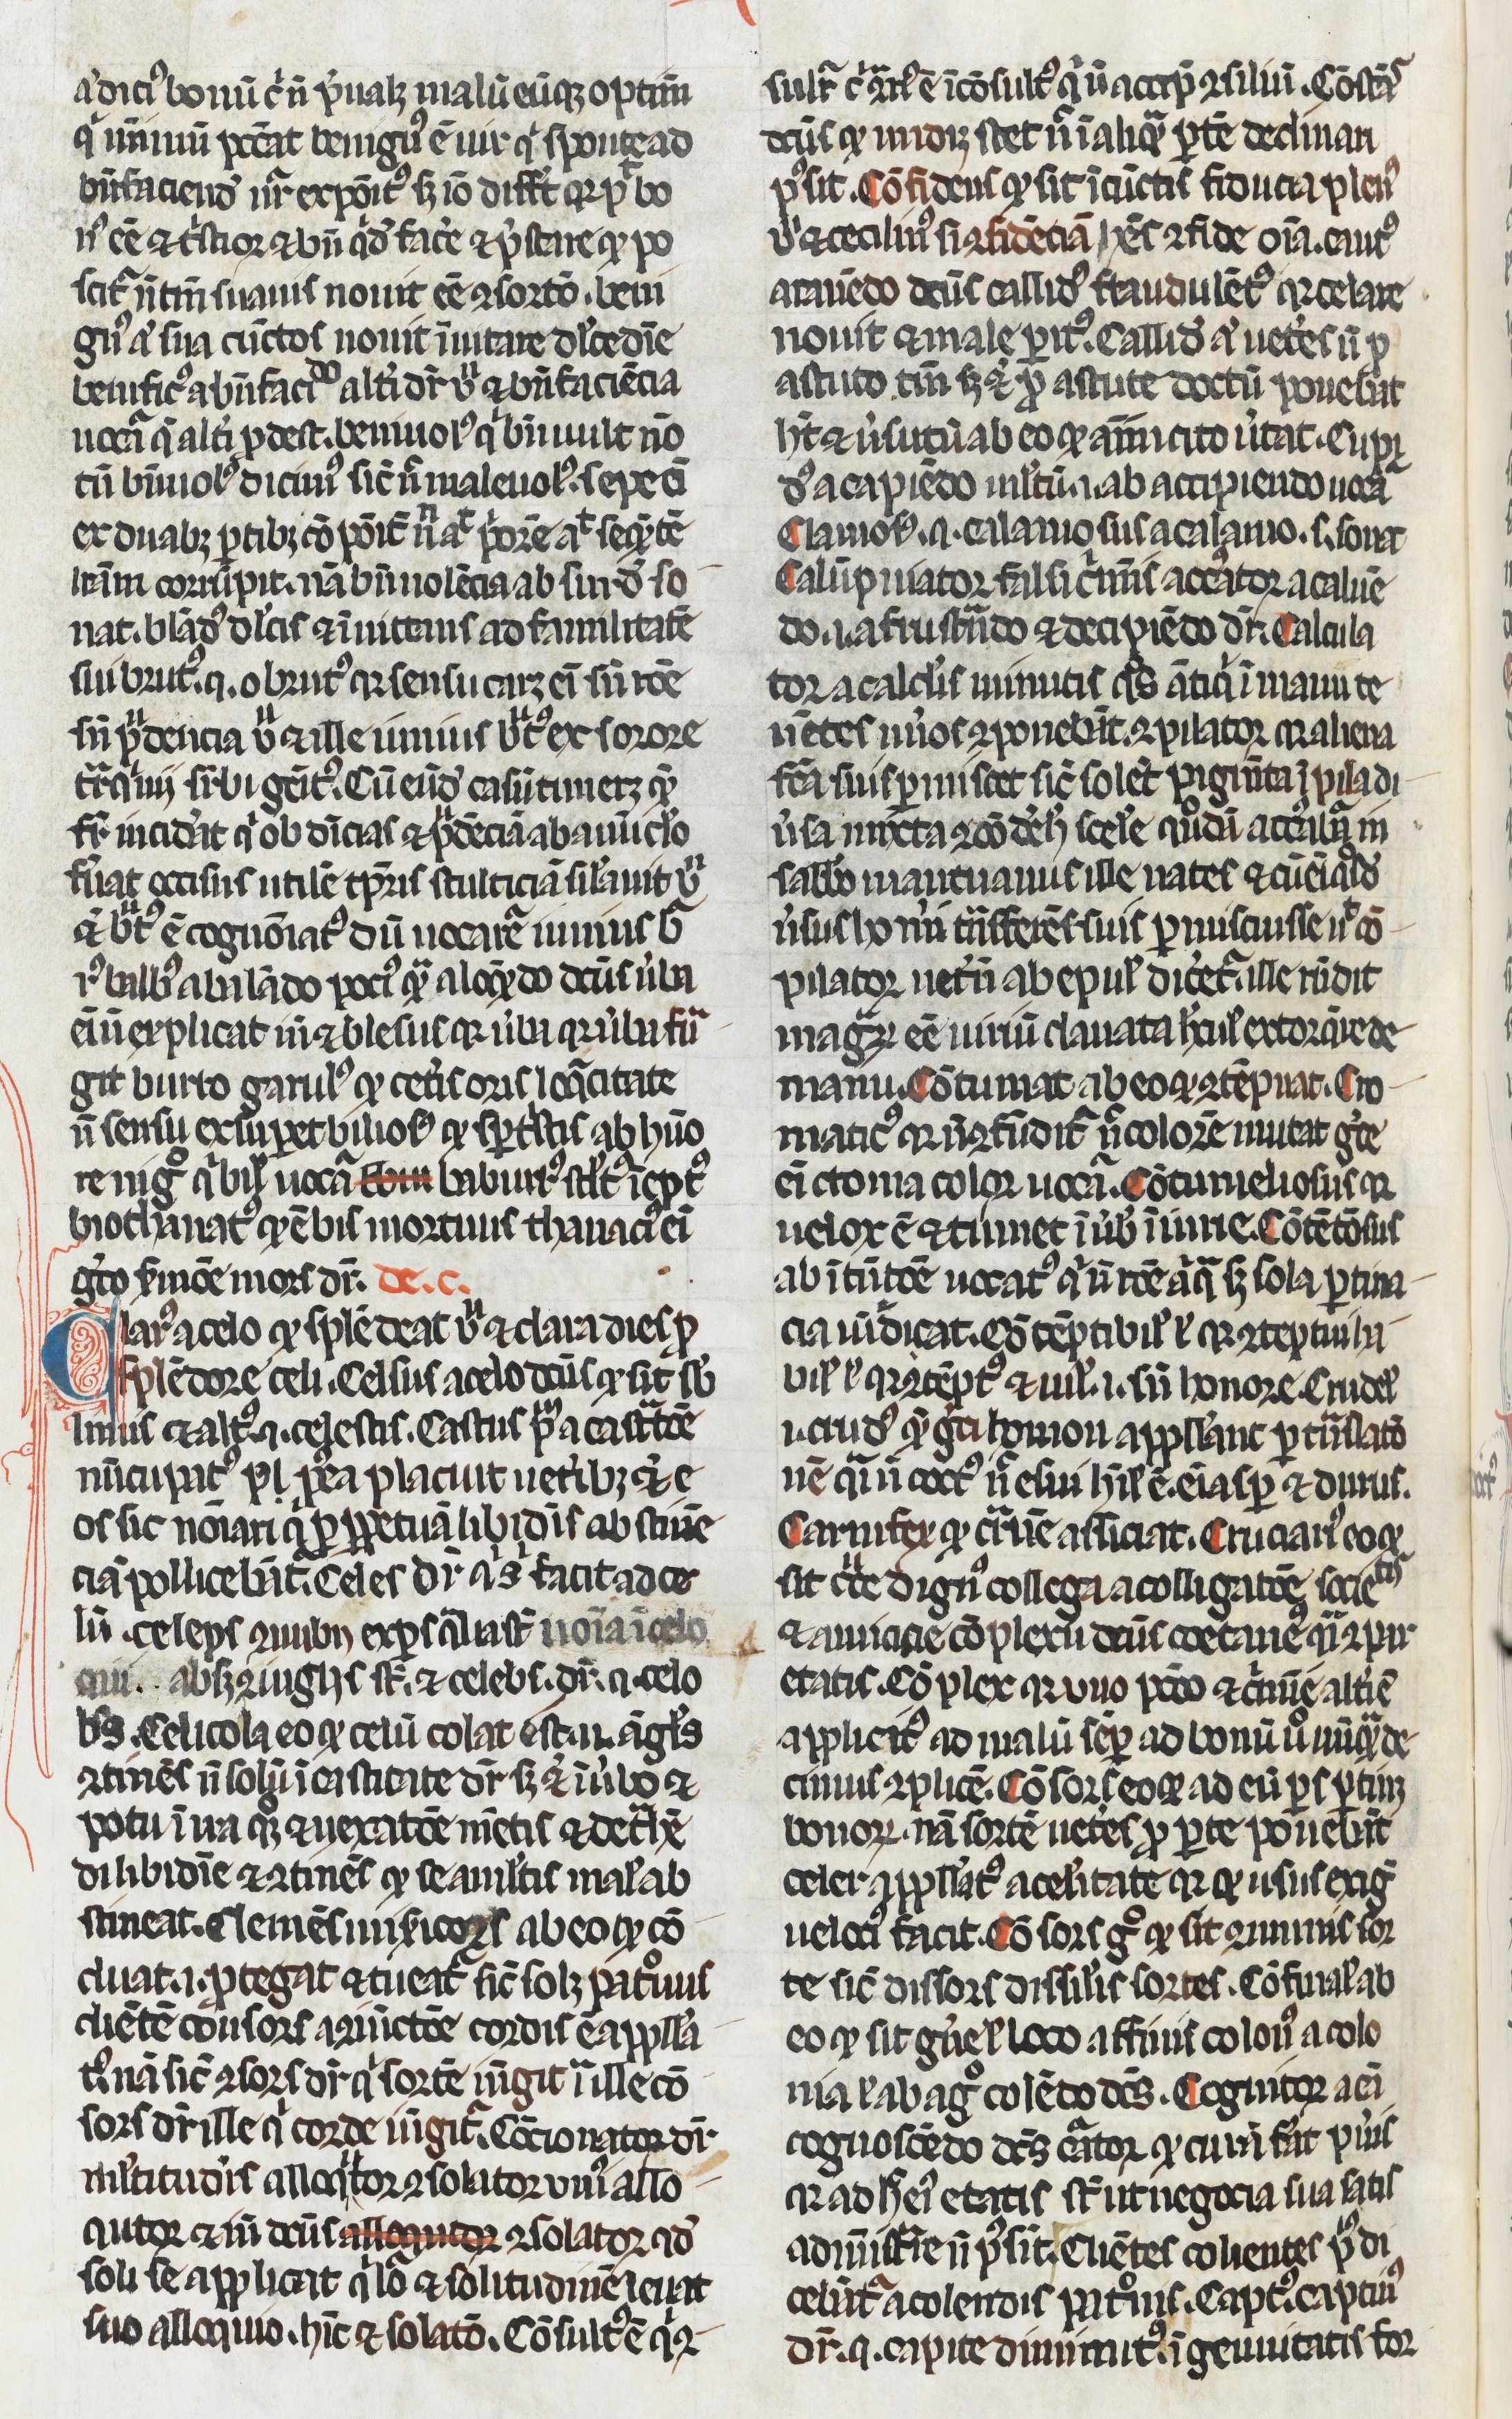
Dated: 1250–1299